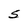
Character: S